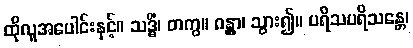
ထိုလူအပေါင်းနှင့်။ သဒ္ဓိံ၊ တကွ။ ဂန္တွာ၊ သွား၍။ ပရိသပရိသန္တေ၊